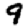
Digit: 9